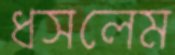
ধসলেম